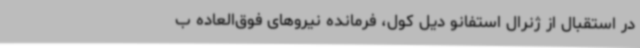
در استقبال از ژنرال استفانو دیل کول، فرمانده نیروهای فوق‌العاده ب